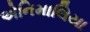
એનિમાલિયા